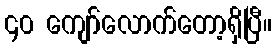
၄၀ ကျော်လောက်တော့ရှိပြီ။